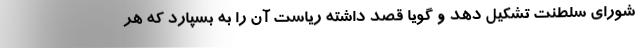
شورای سلطنت تشکیل دهد و گویا قصد داشته ریاست آن را به بسپارد که هر